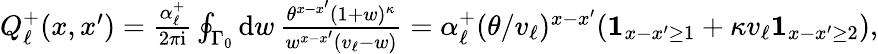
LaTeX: \textstyle Q_{\ell}^{+}(x,x^{\prime})=\frac{\alpha_{\ell}^{+}}{2\pi\mathrm{i}}\oint_{\Gamma_{0}}\mathrm{d}w\, \frac{\theta^{x-x^{\prime}}(1+w)^{\kappa}}{w^{x-x^{\prime}}(v_{\ell}-w)}=\alpha_{\ell}^{+}(\theta/v_{\ell})^{x-x^{\prime}}(\mathbf{1}_{x-x^{\prime}\geq 1}+\kappa v_{\ell}\mathbf{1}_{x-x^{\prime}\geq 2}),